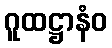
ဂူထဋ္ဌာနံဝ